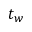
t _ { w }